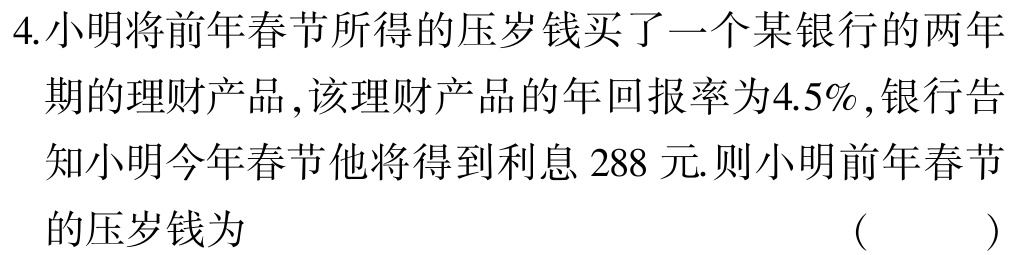
4.小明将前年春节所得的压岁钱买了一个某银行的两年期的理财产品,该理财产品的年回报率为4.5%,银行告知小明今年春节他将得到利息 288 元.则小明前年春节的压岁钱为
( )